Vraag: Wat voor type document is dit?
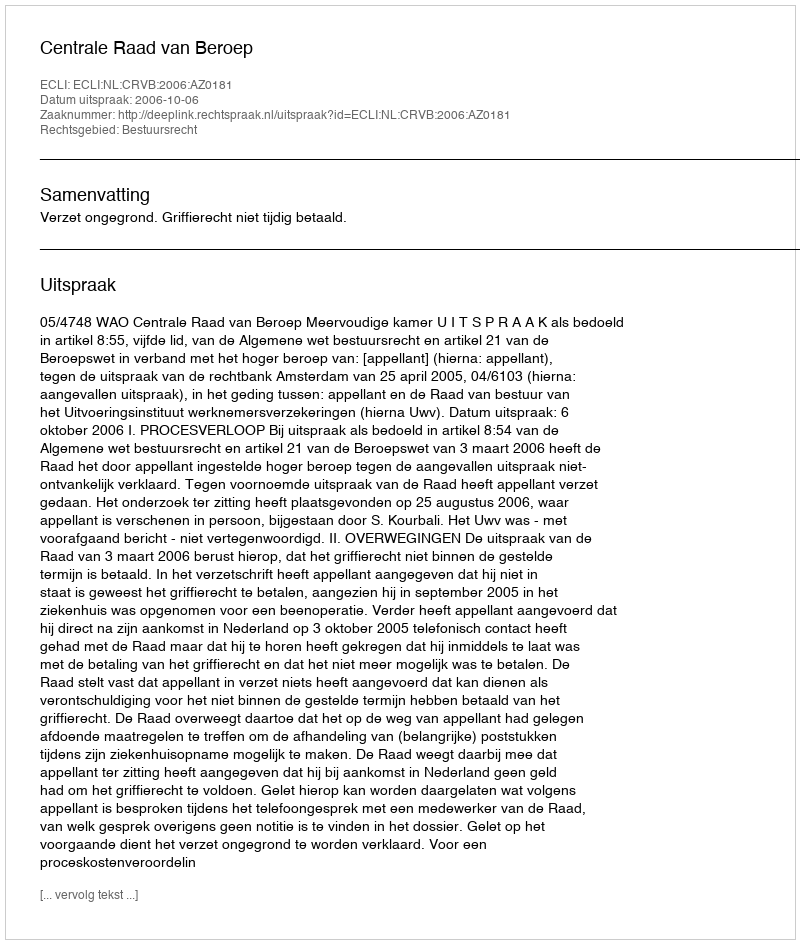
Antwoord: Uitspraak